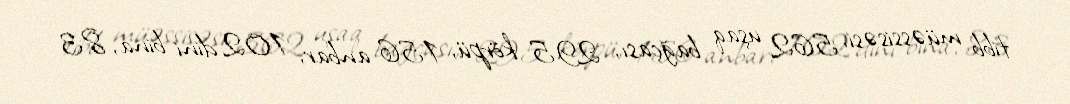
tibb müəssisəsi, 562 uşaq bağçası, 295 körpü, 156 anbar, 102 dini bina, 83